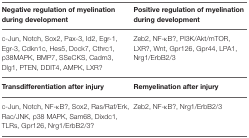
<table><thead><tr><td><b>Negative regulation of myelination during development</b></td><td><b>Positive regulation of myelination during development</b></td></tr></thead><tbody><tr><td>c-Jun, Notch, Sox2, Pax-3, Id2, Egr-1, Egr-3, Cdkn1c, Hes5, Dock7, Cthrc1, p38MAPK, BMP7, SSeCKS, Cadm3, Dlg1, PTEN, DDIT4, AMPK, LXR?</td><td>Zeb2, NF-κB?, PI3K/Akt/mTOR, LXR?, Wnt, Gpr126, Gpr44, LPA1, Nrg1/ErbB2/3</td></tr><tr><td><b>Transdifferentiation after injury</b></td><td><b>Remyelination after injury</b></td></tr><tr><td>c-Jun, Notch, NF-κB?, Sox2, Ras/Raf/Erk, Rac/JNK, p38 MAPK, Sam68, Dixdc1, TLRs, Gpr126, Nrg1/ErbB2/3?</td><td>Zeb2, NF-κB?, Nrg1/ErbB2/3</td></tr></tbody></table>